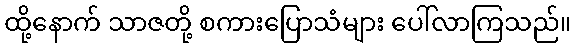
ထို့နောက် သာဇတို့ စကားပြောသံများ ပေါ်လာကြသည်။